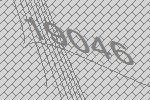
19046